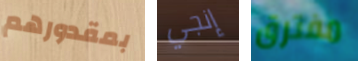
بمقدورهم إنجي مفترق